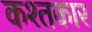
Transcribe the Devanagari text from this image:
कश्तकार